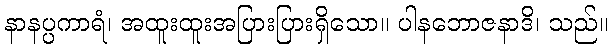
နာနပ္ပကာရံ၊ အထူးထူးအပြားပြားရှိသော။ ပါနဘောဇနာဒိ၊ သည်။